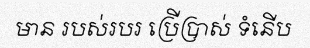
មាន របស់របរ ប្រើប្រាស់ ទំនើប